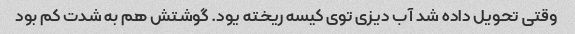
وقتی تحویل داده شد آب دیزی توی کیسه ریخته یود. گوشتش هم به شدت کم بود